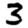
Digit: 3